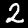
Digit: 2